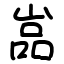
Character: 嵓